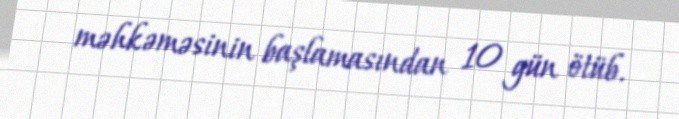
məhkəməsinin başlamasından 10 gün ötüb.